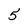
Character: 5